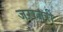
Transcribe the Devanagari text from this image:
जराजरी